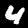
Digit: 4